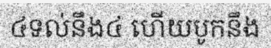
៤ទល់នឹង៤ ហើយបូកនឹង